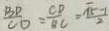
\frac { B D } { C D } = \frac { C D } { B C } = \frac { \sqrt { 5 } - 1 } { 2 }